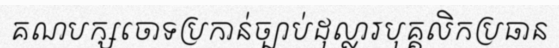
គណបក្សចោទប្រកាន់ច្បាប់ដុល្លារបុគ្គលិកប្រធាន